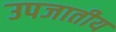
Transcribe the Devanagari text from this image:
उपजातीय